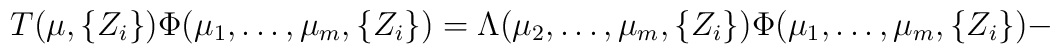
T( \mu , \{ Z_i \} ) \Phi ( \mu_1 , \ldots , \mu_m, \{ Z_i \} )  =\Lambda ( \mu_2 , \ldots , \mu_m , \{ Z_i \} ) \Phi ( \mu_1, \ldots , \mu_m , \{ Z_i \} ) -